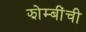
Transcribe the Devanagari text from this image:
झोम्बींची